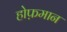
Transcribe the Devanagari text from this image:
होफ़मान